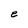
Character: e